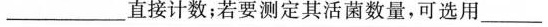
__________直接计数；若要测定其活菌数量，可选用_